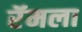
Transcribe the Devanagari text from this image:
रॅमला